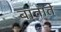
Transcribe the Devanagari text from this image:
बाताते